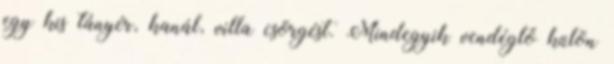
egy kis tányér, kanál, villa csörgést. Mindegyik vendéglő külön